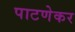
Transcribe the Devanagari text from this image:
पाटणेकर